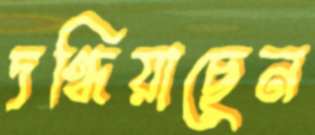
দগ্ধিয়াছেন